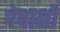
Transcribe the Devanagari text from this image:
पेषानी